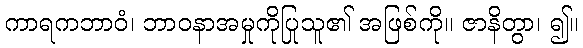
ကာရကဘာဝံ၊ ဘာဝနာအမှုကိုပြုသူ၏ အဖြစ်ကို။ ဇာနိတွာ၊ ၍။